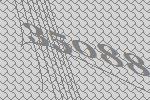
35088